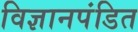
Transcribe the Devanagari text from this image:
विज्ञानपंडित